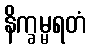
နိက္ခမ္မရတံ